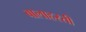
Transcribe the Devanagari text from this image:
बालाहस्ती